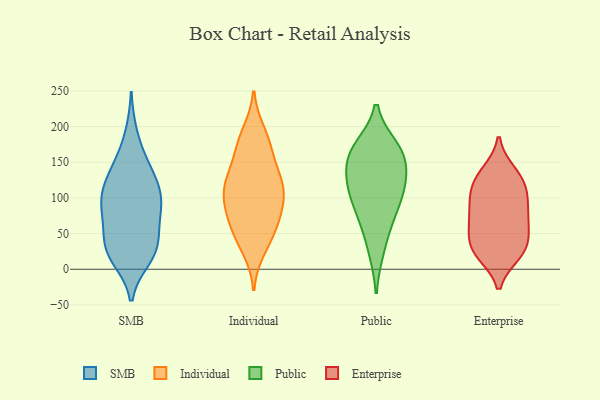
{"axis": {"x": "Population (Million)", "y": "Value"}, "legend": ["Enterprise", "Individual", "Public", "SMB"], "data": [{"x": "", "y": 25, "type": "SMB"}, {"x": "", "y": 147, "type": "SMB"}, {"x": "", "y": 81, "type": "SMB"}, {"x": "", "y": 137, "type": "SMB"}, {"x": "", "y": 150, "type": "SMB"}, {"x": "", "y": 41, "type": "SMB"}, {"x": "", "y": 56, "type": "SMB"}, {"x": "", "y": 94, "type": "SMB"}, {"x": "", "y": 24, "type": "SMB"}, {"x": "", "y": 15, "type": "SMB"}, {"x": "", "y": 78, "type": "SMB"}, {"x": "", "y": 115, "type": "SMB"}, {"x": "", "y": 95, "type": "SMB"}, {"x": "", "y": 24, "type": "SMB"}, {"x": "", "y": 190, "type": "SMB"}, {"x": "", "y": 56, "type": "SMB"}, {"x": "", "y": 103, "type": "SMB"}, {"x": "", "y": 21, "type": "SMB"}, {"x": "", "y": 119, "type": "SMB"}, {"x": "", "y": 101, "type": "SMB"}, {"x": "", "y": 144, "type": "Individual"}, {"x": "", "y": 68, "type": "Individual"}, {"x": "", "y": 113, "type": "Individual"}, {"x": "", "y": 28, "type": "Individual"}, {"x": "", "y": 80, "type": "Individual"}, {"x": "", "y": 122, "type": "Individual"}, {"x": "", "y": 167, "type": "Individual"}, {"x": "", "y": 171, "type": "Individual"}, {"x": "", "y": 108, "type": "Individual"}, {"x": "", "y": 70, "type": "Individual"}, {"x": "", "y": 72, "type": "Individual"}, {"x": "", "y": 46, "type": "Individual"}, {"x": "", "y": 40, "type": "Individual"}, {"x": "", "y": 118, "type": "Individual"}, {"x": "", "y": 110, "type": "Individual"}, {"x": "", "y": 96, "type": "Individual"}, {"x": "", "y": 192, "type": "Individual"}, {"x": "", "y": 129, "type": "Individual"}, {"x": "", "y": 184, "type": "Individual"}, {"x": "", "y": 161, "type": "Public"}, {"x": "", "y": 164, "type": "Public"}, {"x": "", "y": 132, "type": "Public"}, {"x": "", "y": 170, "type": "Public"}, {"x": "", "y": 160, "type": "Public"}, {"x": "", "y": 77, "type": "Public"}, {"x": "", "y": 114, "type": "Public"}, {"x": "", "y": 112, "type": "Public"}, {"x": "", "y": 69, "type": "Public"}, {"x": "", "y": 111, "type": "Public"}, {"x": "", "y": 27, "type": "Public"}, {"x": "", "y": 71, "type": "Enterprise"}, {"x": "", "y": 119, "type": "Enterprise"}, {"x": "", "y": 89, "type": "Enterprise"}, {"x": "", "y": 61, "type": "Enterprise"}, {"x": "", "y": 95, "type": "Enterprise"}, {"x": "", "y": 46, "type": "Enterprise"}, {"x": "", "y": 37, "type": "Enterprise"}, {"x": "", "y": 27, "type": "Enterprise"}, {"x": "", "y": 120, "type": "Enterprise"}, {"x": "", "y": 58, "type": "Enterprise"}, {"x": "", "y": 75, "type": "Enterprise"}, {"x": "", "y": 22, "type": "Enterprise"}, {"x": "", "y": 136, "type": "Enterprise"}, {"x": "", "y": 137, "type": "Enterprise"}, {"x": "", "y": 98, "type": "Enterprise"}, {"x": "", "y": 116, "type": "Enterprise"}, {"x": "", "y": 22, "type": "Enterprise"}, {"x": "", "y": 21, "type": "Enterprise"}]}